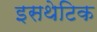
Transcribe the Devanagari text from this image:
इसथेटिक